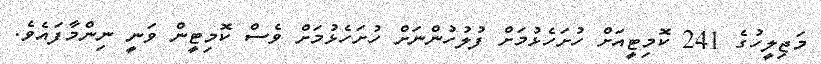
މަޖިލީހުގެ 241 ކޮމިޓީއަށް ހުށަހެޅުމަށް ފުލުހުންނަށް ހުށަހެޅުމަށް ވެސް ކޮމިޓީން ވަނީ ނިންމާފައެވެ.